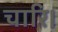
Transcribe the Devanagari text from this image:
चारि।